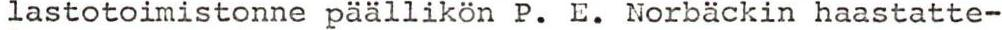
lastotoimistonne päällikön P. E. Norbäckin haastatte-